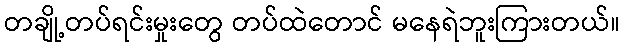
တချို့တပ်ရင်းမှုးတွေ တပ်ထဲတောင် မနေရဲဘူးကြားတယ်။